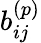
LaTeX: b_{ij}^{(p)}